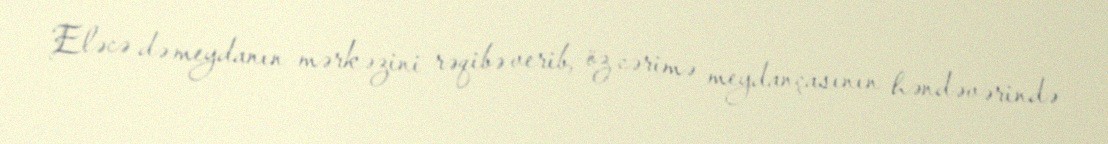
Eləcə də meydanın mərkəzini rəqibə verib, öz cərimə meydançasının həndəvərində